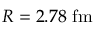
R = 2 . 7 8 \ \mathrm { f m }